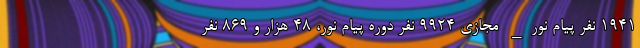
۱۹۴۱ نفر پیام نور_ مجازی ۹۹۲۴ نفر دوره پیام نور، ۴۸ هزار و ۸۶۹ نفر